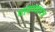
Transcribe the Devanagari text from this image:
वायव्‍यास्‍त्र